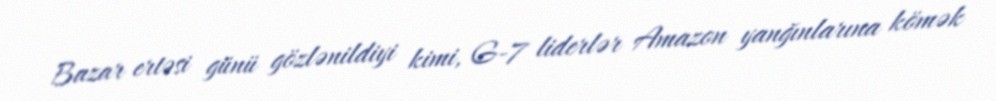
Bazar ertəsi günü gözlənildiyi kimi, G-7 liderlər Amazon yanğınlarına kömək